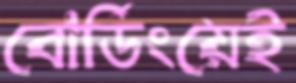
বোর্ডিংয়েই